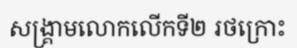
សង្គ្រាមលោកលើកទី២ រថក្រោះ